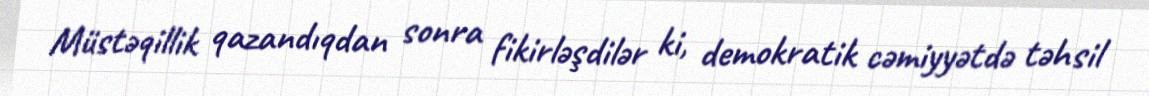
Müstəqillik qazandıqdan sonra fikirləşdilər ki, demokratik cəmiyyətdə təhsil